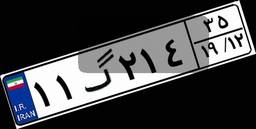
۹۰گ۷۱۱۷۰